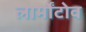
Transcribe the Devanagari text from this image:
लार्मोंटोव